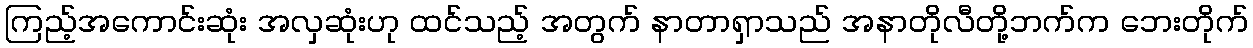
ကြည့်အကောင်းဆုံး အလှဆုံးဟု ထင်သည့် အတွက် နာတာရှာသည် အနာတိုလီတို့ဘက်က ဘေးတိုက်